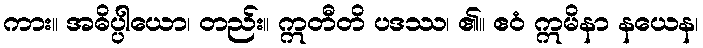
ကား။ အဓိပ္ပါယော၊ တည်း။ ဣတီတိ ပဒဿ၊ ၏။ ဧဝံ ဣမိနာ နယေန၊